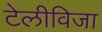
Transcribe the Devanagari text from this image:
टेलीविजा